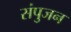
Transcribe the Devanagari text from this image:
संपुजन